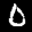
Label: 0